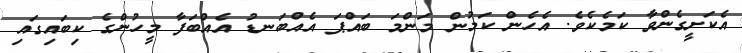
އެކަށީގެންވާ ކަމެކެވެ. އެހެން ކަމުން މަންމަ ބައްޕަ އެއްބަނޑު އެއްބަފާ މީހުންގެ ކިބައިގައި